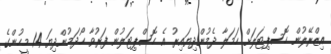
އިޒްރޭލުން ހޮސްޕިޓަލަށް ހަމަލާ ދެމުންދިޔައިރު އެ ހޮސްޕިޓަލުން ފަރުވާ ހޯދަމުންދިޔަ 14 މީހުންގެ